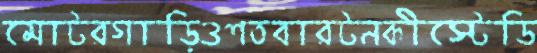
মোটরগাড়িওশতবারটনকীস্টেডি